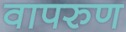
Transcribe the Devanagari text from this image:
वापरुण